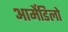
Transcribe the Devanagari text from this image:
आर्मेडिलो